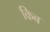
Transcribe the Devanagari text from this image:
किब